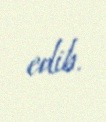
edib.